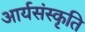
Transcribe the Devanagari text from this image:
आर्यसंस्कृति